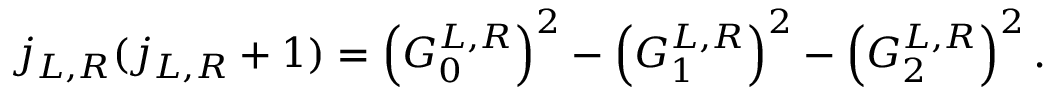
j _ { L , R } ( j _ { L , R } + 1 ) = \left( G _ { 0 } ^ { L , R } \right) ^ { 2 } - \left( G _ { 1 } ^ { L , R } \right) ^ { 2 } - \left( G _ { 2 } ^ { L , R } \right) ^ { 2 } .